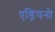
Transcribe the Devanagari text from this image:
एड्रियनो